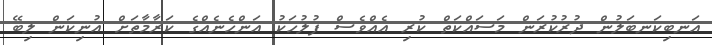
އަނބިކަނބަލުން ދުރުކުރަން މަސައްކަތް ކުރި އެއްވެސް ފުލުހަކު އަންހެނެއްގެ ކަރާމާތަށް އުނިކަން ލިބޭ